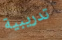
تدريبية